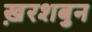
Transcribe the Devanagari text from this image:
ख़रशबुन